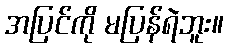
အပြင်ကို မပြန်ရဲဘူး။